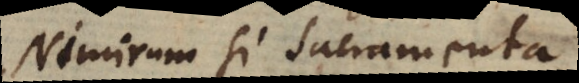
Nimirum si sacramenta